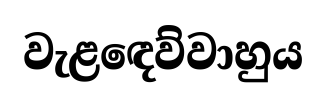
වැළඳෙව්වාහුය